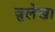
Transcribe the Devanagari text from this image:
ज़ुलेखा